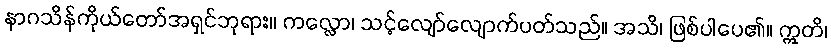
နာဂသိန်ကိုယ်တော်အရှင်ဘုရား။ ကလ္လော၊ သင့်လျော်လျောက်ပတ်သည်။ အသိ၊ ဖြစ်ပါပေ၏။ ဣတိ၊